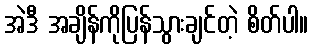
အဲဒီ အချိန်ကိုပြန်သွားချင်တဲ့ စိတ်ပါ။